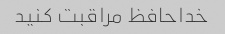
خداحافظ مراقبت کنید